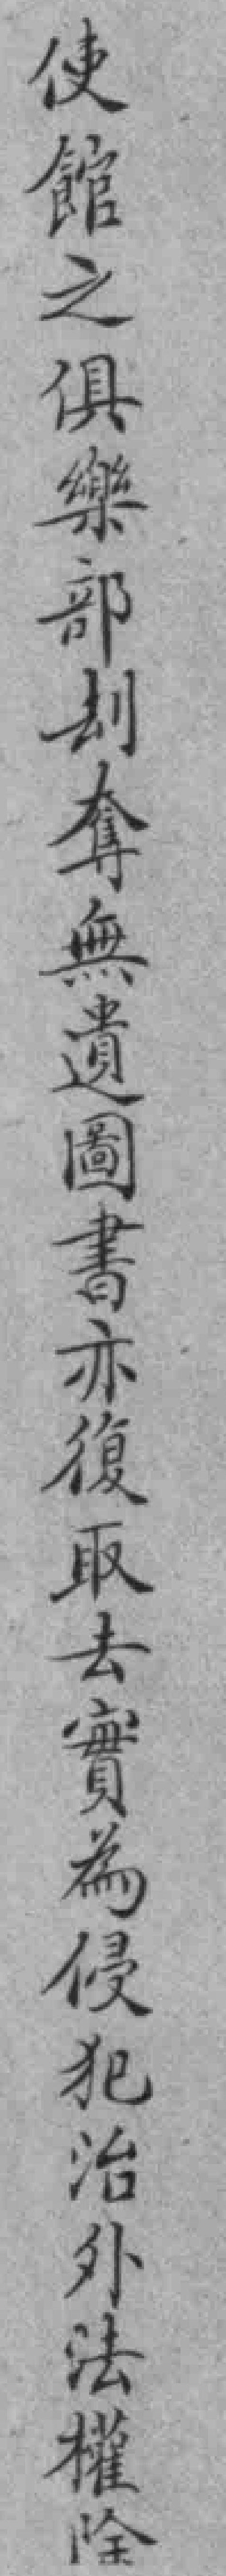
使館之俱樂部刦奪無遺固書亦復取去實為侵犯治外法權除